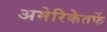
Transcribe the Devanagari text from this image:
अमेरिकेतर्फे